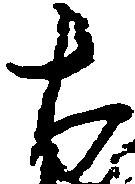
ち